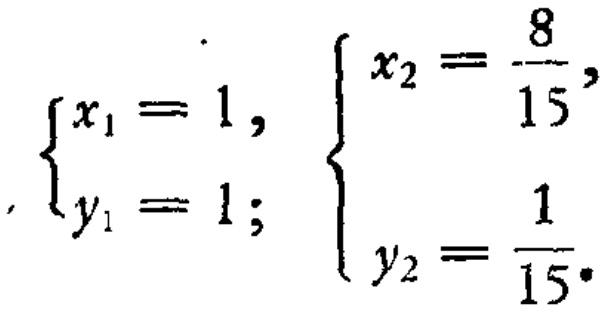
\(\begin{cases}x_1 = 1,\\y_1 = 1;\end{cases}\begin{cases}x_2=\dfrac{8}{15},\\y_2=\dfrac{1}{15}.\end{cases}\)